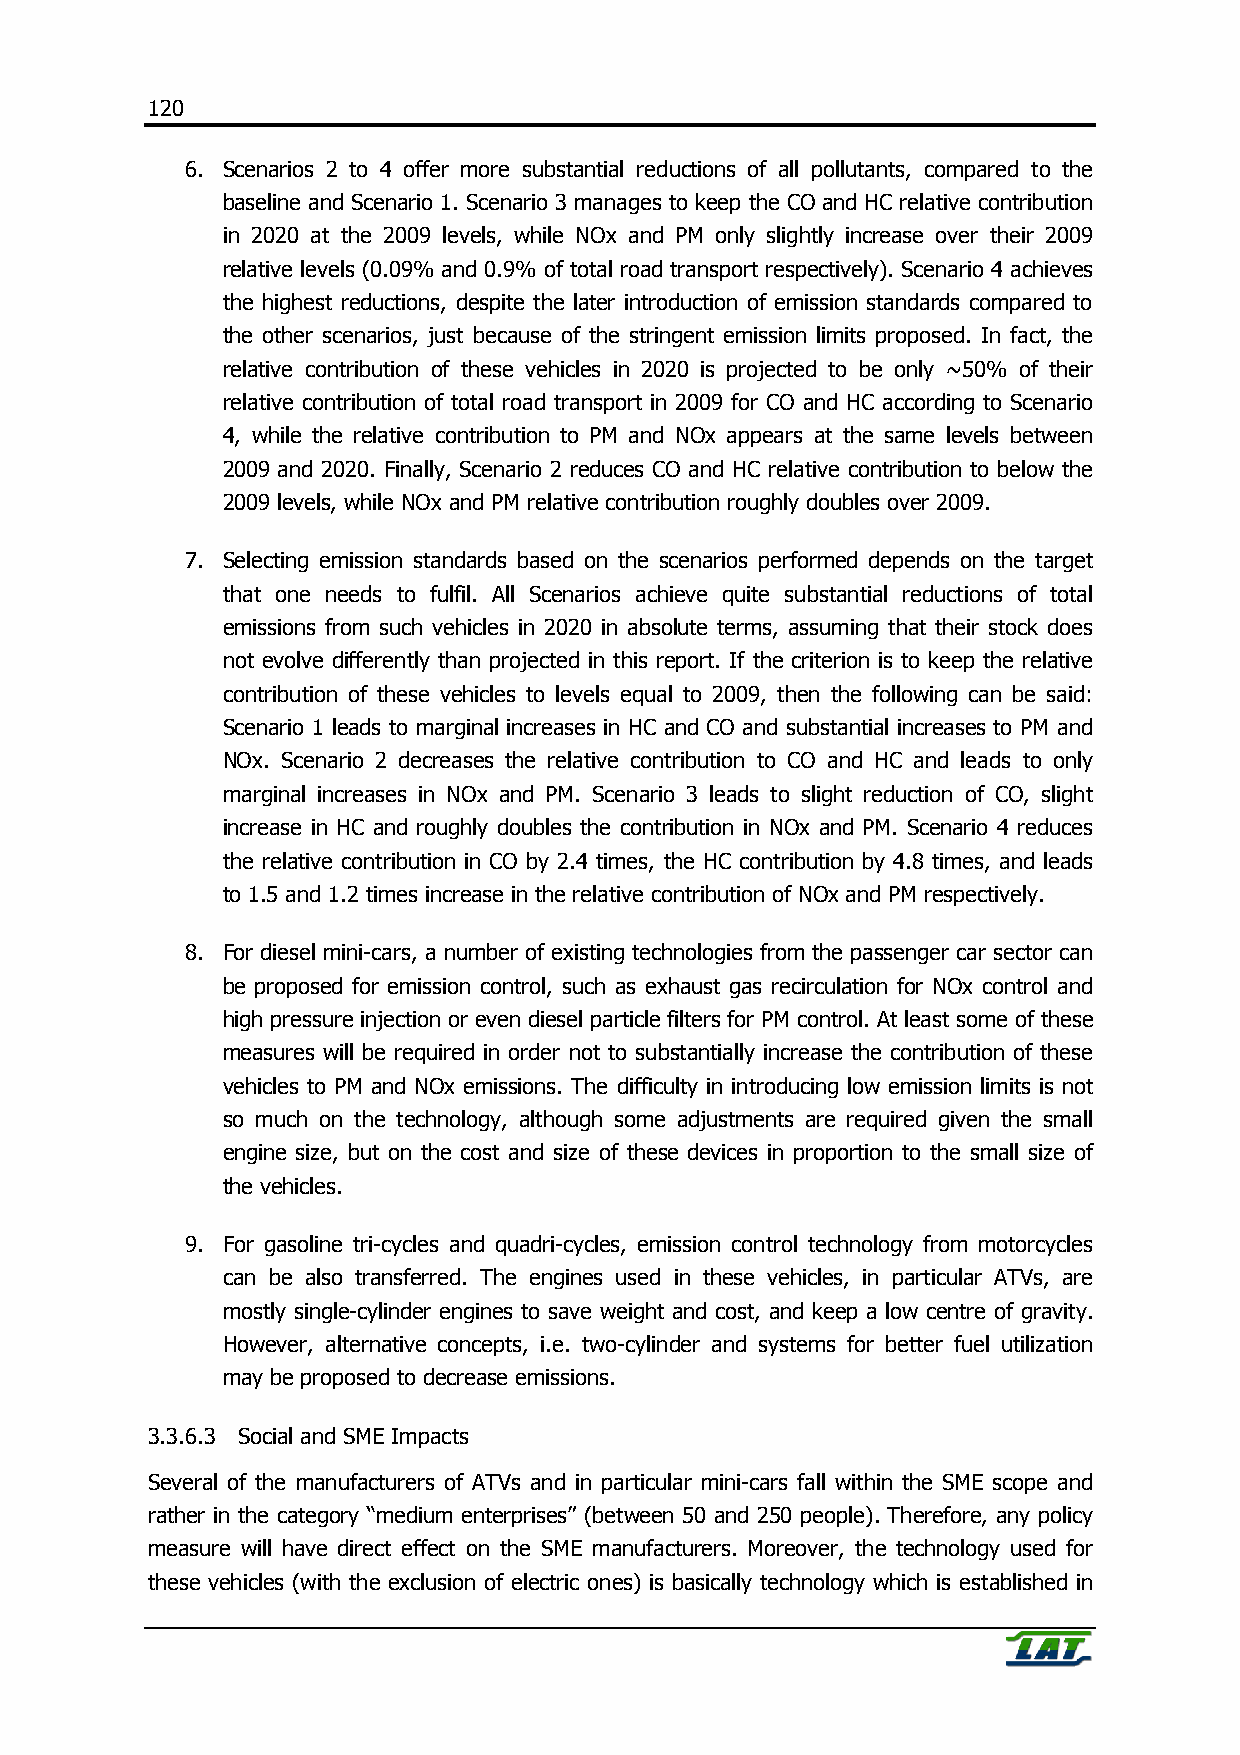
120
 6. Scenarios 2 to 4 offer more substantial reductions of all pollutants, compared to the
 baseline and Scenario 1. Scenario 3 manages to keep the CO and HC relative contribution
 in 2020 at the 2009 levels, while NOx and PM only slightly increase over their 2009
 relative levels (0.09% and 0.9% of total road transport respectively). Scenario 4 achieves
 the highest reductions, despite the later introduction of emission standards compared to
 the other scenarios, just because of the stringent emission limits proposed. In fact, the
 relative contribution of these vehicles in 2020 is projected to be only ~50% of their
 relative contribution of total road transport in 2009 for CO and HC according to Scenario
 4, while the relative contribution to PM and NOx appears at the same levels between
 2009 and 2020. Finally, Scenario 2 reduces CO and HC relative contribution to below the
 2009 levels, while NOx and PM relative contribution roughly doubles over 2009.
 7. Selecting emission standards based on the scenarios performed depends on the target
 that one needs to fulfil. All Scenarios achieve quite substantial reductions of total
 emissions from such vehicles in 2020 in absolute terms, assuming that their stock does
 not evolve differently than projected in this report. If the criterion is to keep the relative
 contribution of these vehicles to levels equal to 2009, then the following can be said:
 Scenario 1 leads to marginal increases in HC and CO and substantial increases to PM and
 NOx. Scenario 2 decreases the relative contribution to CO and HC and leads to only
 marginal increases in NOx and PM. Scenario 3 leads to slight reduction of CO, slight
 increase in HC and roughly doubles the contribution in NOx and PM. Scenario 4 reduces
 the relative contribution in CO by 2.4 times, the HC contribution by 4.8 times, and leads
 to 1.5 and 1.2 times increase in the relative contribution of NOx and PM respectively.
 8. For diesel mini-cars, a number of existing technologies from the passenger car sector can
 be proposed for emission control, such as exhaust gas recirculation for NOx control and
 high pressure injection or even diesel particle filters for PM control. At least some of these
 measures will be required in order not to substantially increase the contribution of these
 vehicles to PM and NOx emissions. The difficulty in introducing low emission limits is not
 so much on the technology, although some adjustments are required given the small
 engine size, but on the cost and size of these devices in proportion to the small size of
 the vehicles.
 9. For gasoline tri-cycles and quadri-cycles, emission control technology from motorcycles
 can be also transferred. The engines used in these vehicles, in particular ATVs, are
 mostly single-cylinder engines to save weight and cost, and keep a low centre of gravity.
 However, alternative concepts, i.e. two-cylinder and systems for better fuel utilization
 may be proposed to decrease emissions.
 3.3.6.3 Social and SME Impacts
 Several of the manufacturers of ATVs and in particular mini-cars fall within the SME scope and
 rather in the category “medium enterprises” (between 50 and 250 people). Therefore, any policy
 measure will have direct effect on the SME manufacturers. Moreover, the technology used for
 these vehicles (with the exclusion of electric ones) is basically technology which is established in